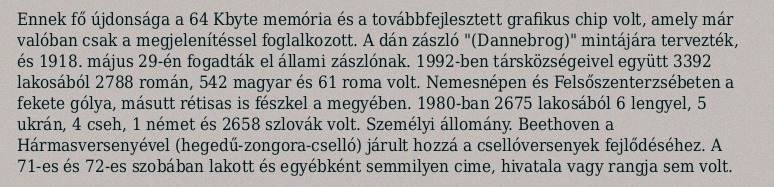
Ennek fő újdonsága a 64 Kbyte memória és a továbbfejlesztett grafikus chip volt, amely már valóban csak a megjelenítéssel foglalkozott. A dán zászló "(Dannebrog)" mintájára tervezték, és 1918. május 29-én fogadták el állami zászlónak. 1992-ben társközségeivel együtt 3392 lakosából 2788 román, 542 magyar és 61 roma volt. Nemesnépen és Felsőszenterzsébeten a fekete gólya, másutt rétisas is fészkel a megyében. 1980-ban 2675 lakosából 6 lengyel, 5 ukrán, 4 cseh, 1 német és 2658 szlovák volt. Személyi állomány. Beethoven a Hármasversenyével (hegedű-zongora-cselló) járult hozzá a csellóversenyek fejlődéséhez. A 71-es és 72-es szobában lakott és egyébként semmilyen cime, hivatala vagy rangja sem volt.